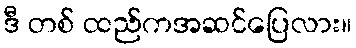
ဒီ တစ် ထည်ကအဆင်ပြေလား။